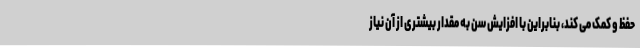
حفظ و کمک می کند، بنابراین با افزایش سن به مقدار بیشتری از آن نیاز